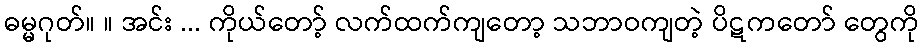
ဓမ္မဂုတ်။ ။ အင်း ... ကိုယ်တော့် လက်ထက်ကျတော့ သဘာဝကျတဲ့ ပိဋကတော် တွေကို